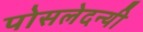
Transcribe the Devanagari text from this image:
पोसलेदन्यी